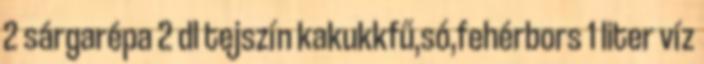
2 sárgarépa 2 dl tejszín kakukkfű,só,fehérbors 1 liter víz